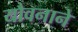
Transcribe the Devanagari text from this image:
यौवनाने